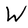
Character: W